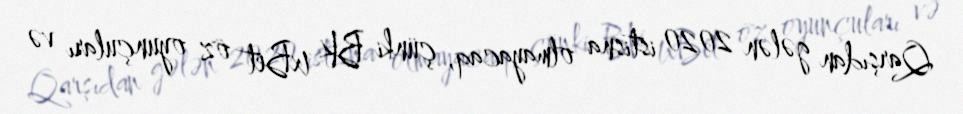
Qarşıdan gələn 2020 istisna olmayacaq, çünki BK 1xBet öz oyunçuları və